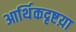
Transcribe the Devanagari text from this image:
आर्थिकदृष्टय़ा